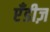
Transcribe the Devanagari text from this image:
एँडीज़